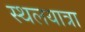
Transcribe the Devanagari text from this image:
स्थलयात्रा